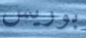
بوريس